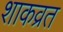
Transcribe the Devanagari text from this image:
शाकव्रत